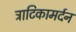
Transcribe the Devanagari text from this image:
त्राटिकामर्दन